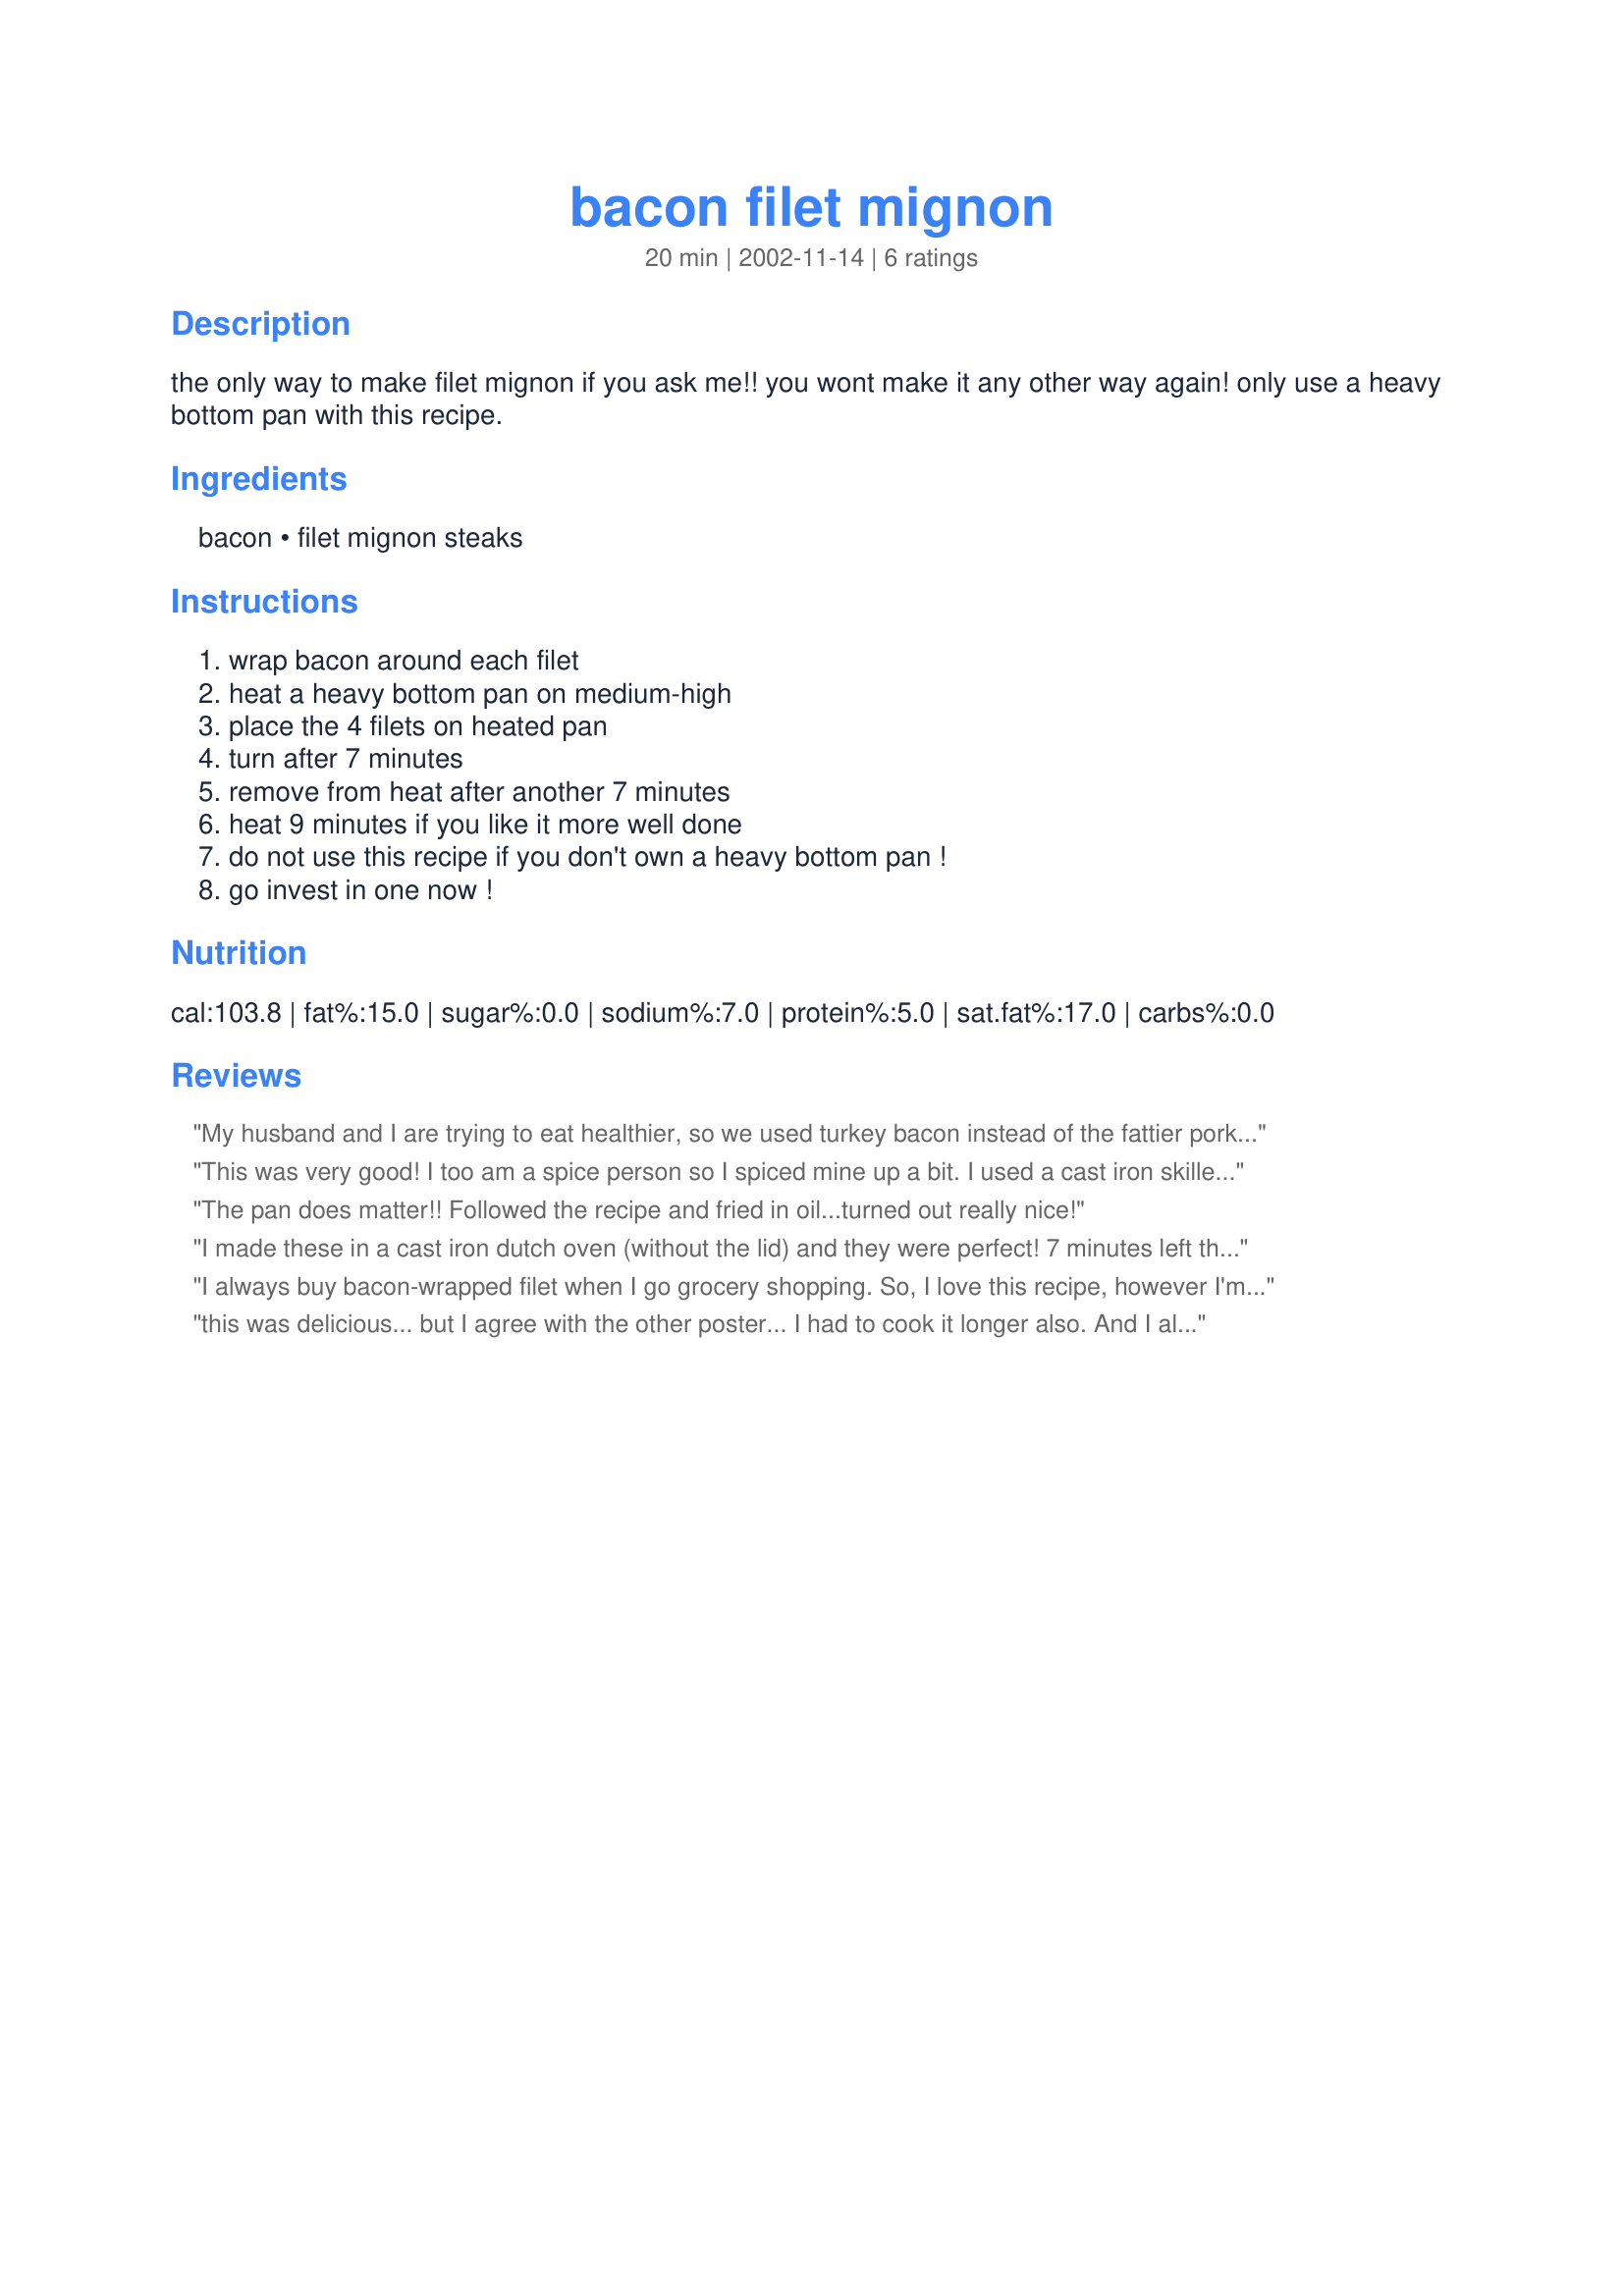
bacon filet mignon
Preparation time: 20 minutes

the only way to make filet mignon if you ask me!! you wont make it any other way again! only use a heavy bottom pan with this recipe.

Ingredients:
bacon, filet mignon steaks

Steps:
wrap bacon around each filet, heat a heavy bottom pan on medium-high, place the 4 filets on heated pan, turn after 7 minutes, remove from heat after another 7 minutes, heat 9 minutes if you like it more well done, do not use this recipe if you don't own a heavy bottom pan !, go invest in one now !

Reviews:
My husband and I are trying to eat healthier, so we used turkey bacon instead of the fattier pork bacon, and it tasted wonderful! Great recipe.
This was very good! I too am a spice person so I spiced mine up a bit. I used a cast iron skillet and had to cook about 8 mins on both sides. Thanks for posting.
The pan does matter!! Followed the recipe and fried in oil...turned out really nice!
I made these in a cast iron dutch oven (without the lid) and they were perfect! 7 minutes left them slighly too red, but they finished cooking on the plate and were perfect! Thanks for a fool proof recipe.... and I agree - Use a thick bottomed pan.....
I always buy bacon-wrapped filet when I go grocery shopping. So, I love this recipe, however I'm a seasoning freak...so I added a few seasonings in.
this was delicious... but I agree with the other poster... I had to cook it longer also. And I also sprinkled it lightly with rosemary.
